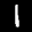
Label: 1